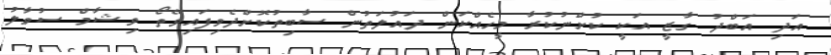
އަދި އަބްދު ގާޒީ އަކީ ކުށްނުކުރާ މީހެއްކަން ދައުލަތުން ސާބިތުކޮށްދެވިފައިވޭތޯ ވިޝާމް ސުވާލު